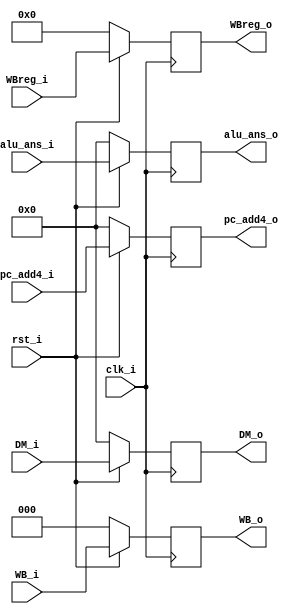
module WB_register (clk_i, rst_i, WB_i, DM_i, alu_ans_i, WBreg_i,pc_add4_i ,WB_o, DM_o, alu_ans_o, WBreg_o,pc_add4_o);

	input clk_i;
	input rst_i;
	input [2:0] WB_i;
	input [31:0] DM_i;
	input [31:0] alu_ans_i;
	input [4:0] WBreg_i;
	input [31:0] pc_add4_i;
	
	output reg [2:0] WB_o;
	output reg [31:0] DM_o;
	output reg [31:0] alu_ans_o;
	output reg [4:0] WBreg_o;
	output reg [31:0] pc_add4_o;

	always@(posedge clk_i)
	begin
		if (!rst_i)
		begin
			WB_o <= 0;
			DM_o <= 0;
			alu_ans_o <= 0;
			WBreg_o <= 0;
			pc_add4_o <= 0;
		end
		else
		begin
			WB_o <= WB_i;
			DM_o <= DM_i;
			alu_ans_o <= alu_ans_i;
			WBreg_o <= WBreg_i;
			pc_add4_o <= pc_add4_i;
		end
	end

endmodule